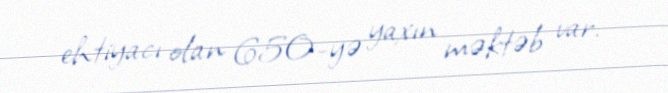
ehtiyacı olan 650-yə yaxın məktəb var.